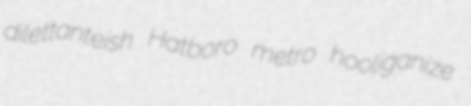
dilettanteish Hatboro metro hooliganize